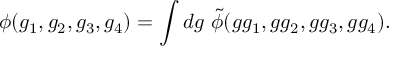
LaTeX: \phi ( g _ { 1 } , g _ { 2 } , g _ { 3 } , g _ { 4 } ) = \int d g \ \tilde { \phi } ( g g _ { 1 } , g g _ { 2 } , g g _ { 3 } , g g _ { 4 } ) .